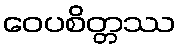
ဝေပစိတ္တဿ